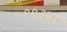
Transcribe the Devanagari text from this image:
१९३वॉ